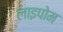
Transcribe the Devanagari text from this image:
लाइपोम